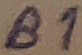
Text: B1